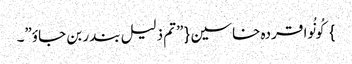
} کُونُوا قردہ خاسین{ ”تم ذلیل بندر بن جاوٴ”۔